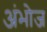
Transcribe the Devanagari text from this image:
अंभोज